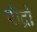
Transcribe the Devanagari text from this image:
रौद्रो